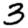
Digit: 3